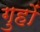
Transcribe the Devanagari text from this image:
गुहों